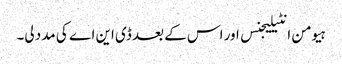
ہیومن انٹیلیجنس اور اس کے بعد ڈی این اے کی مدد لی۔